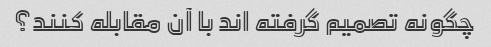
چگونه تصمیم گرفته اند با آن مقابله کنند؟